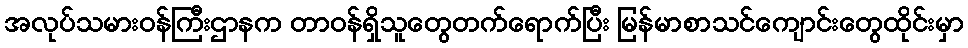
အလုပ်သမားဝန်ကြီးဌာနက တာဝန်ရှိသူတွေတက်ရောက်ပြီး မြန်မာစာသင်ကျောင်းတွေထိုင်းမှာ